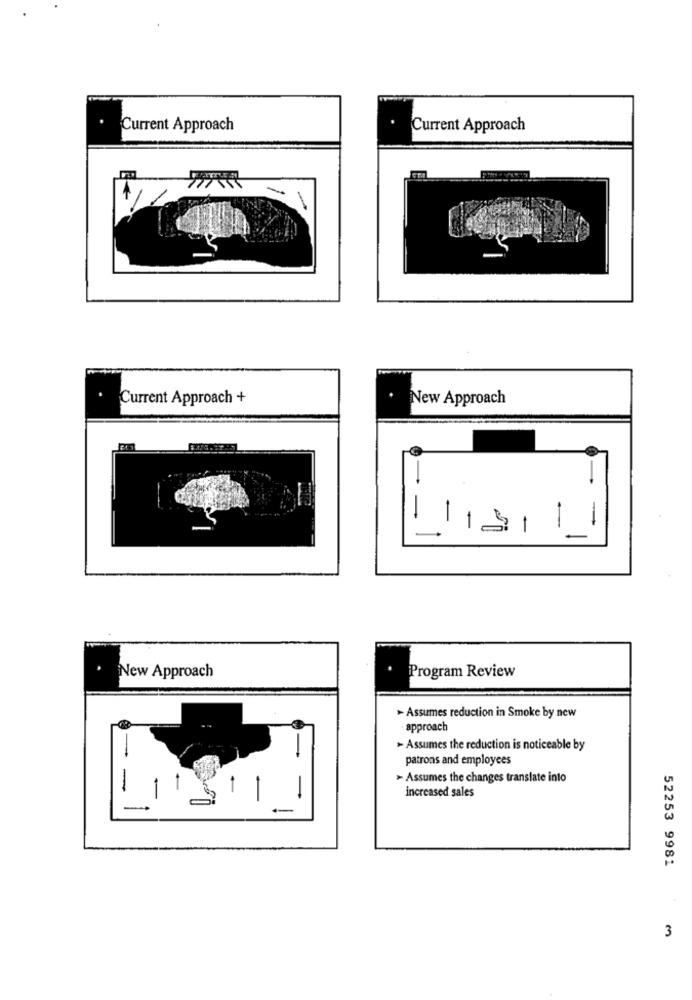
Current Approach
Current Approach
Current Approach +
New Approach
1
-
-
New Approach
Program Review
> Assumes reduction in Smoke by new
approach
- Assumes the reduction is noticeable by
patrons and employees
> Assumes the changes translate into
increased sales
-
52253 9981
3